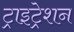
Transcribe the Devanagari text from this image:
ट्राइट्रेशन